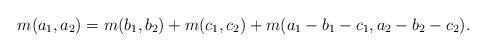
LaTeX: \begin{align*} m(a_1, a_2)=m(b_1, b_2) + m(c_1, c_2) + m(a_1-b_1-c_1, a_2-b_2-c_2).\end{align*}